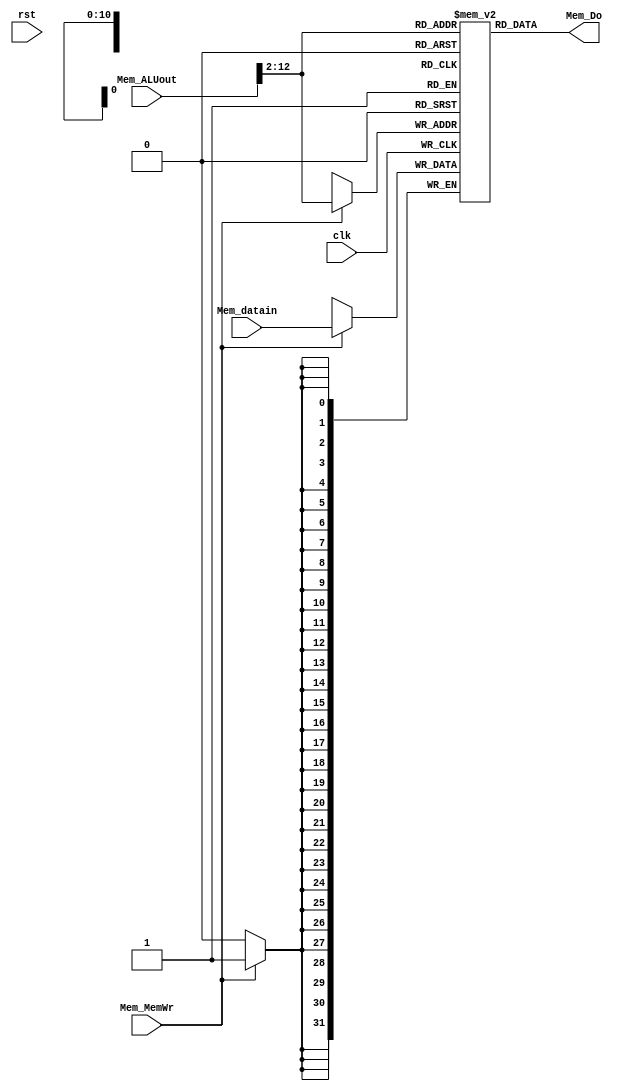
module DM(
    input [31:0] Mem_datain,
    input [31:0] Mem_ALUout,
    input Mem_MemWr,

    output [31:0] Mem_Do,
    
    input clk, rst
);
    reg [31:0] memory [2047:0];
    wire [12:2] read_addr, write_addr;

    initial begin
        $display("dm initial");
    end

    assign read_addr = Mem_ALUout[12:2];
    assign write_addr = Mem_ALUout[12:2];

    //first half
    always @(posedge clk)
        if (Mem_MemWr)
            memory[write_addr] = Mem_datain;

    //second half
    assign Mem_Do = memory[write_addr];

endmodule